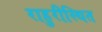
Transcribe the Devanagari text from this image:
राहुरीस्थित